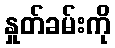
နှုတ်ခမ်းကို